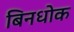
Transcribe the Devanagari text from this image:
बिनधोक